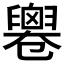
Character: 𠨧